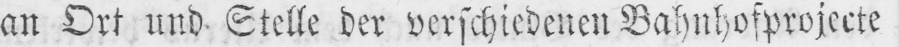
an Ort und Stelle der verschiedenen Bahnhofprojecte